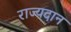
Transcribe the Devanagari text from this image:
राज्यदान